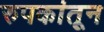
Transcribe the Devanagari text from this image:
रुपकांतून